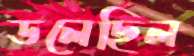
ডলেছিল